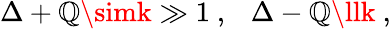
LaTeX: \Delta+\mathbb{Q}\simk\gg1~,~~~\Delta-\mathbb{Q}\llk~,